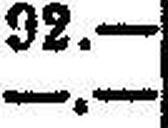
—.—